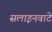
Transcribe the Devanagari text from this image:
सलाइनवाटे